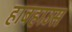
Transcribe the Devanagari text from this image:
हाबहाउस